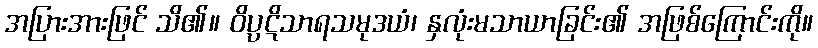
အပြားအားဖြင် သိ၏။ ဝိပ္ပဋိသာရသမုဒယံ၊ နှလုံးမသာယာခြင်း၏ အဖြစ်ကြောင်းကို။